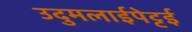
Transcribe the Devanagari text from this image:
उदुमलाईपेट्टई